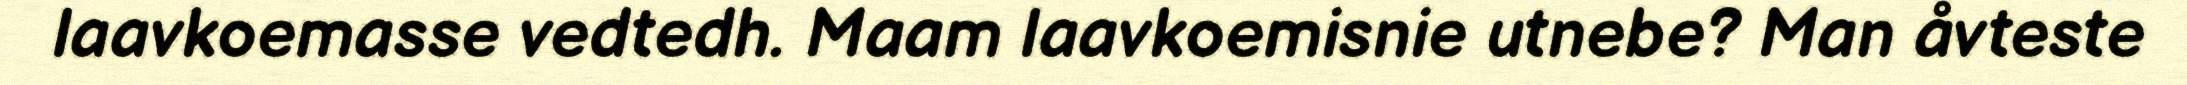
laavkoemasse vedtedh. Maam laavkoemisnie utnebe? Man åvteste